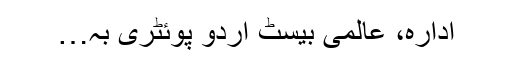
ادارہ، عالمی بیسٹ اردو پوئٹری بہ…